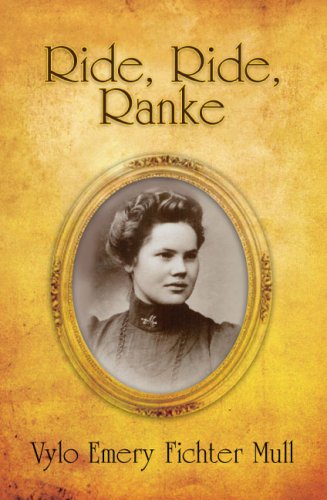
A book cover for Ride, Ride, Ranke; Vylo Emery Fichter Mull; Biographies & Memoirs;